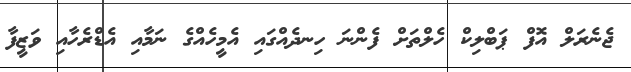
ޖެނެރަލް އޮފް ޕަބްލިކް ހެލްތަށް ފެންނަ ހިނދެއްގައި އެމީހެއްގެ ނަމާއި އެޑްރެހާއި ވަޒީފާ